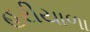
હરીયાળા